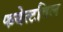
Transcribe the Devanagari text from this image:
फयेत्टविल